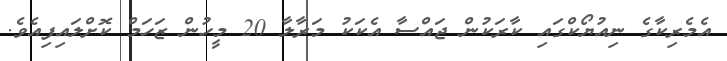
އެމެރިކާގެ ނިއުޔޯކްގައި ކާރަކުން ޖައްސާ އެކަކު މަރާލާ 20 މީހުން ޒަހަމް ކޮށްލައިފިއެވެ.